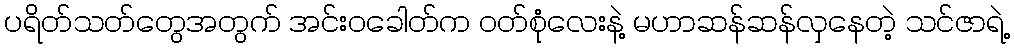
ပရိတ်သတ်တွေအတွက် အင်းဝခေါတ်က ဝတ်စုံလေးနဲ့ မဟာဆန်ဆန်လှနေတဲ့ သင်ဇာရဲ့